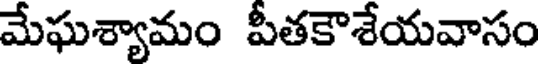
మేఘశ్యామం పీతకౌశేయవాసం